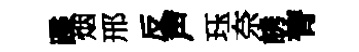
蹀烟邢反声珏奈誘膂